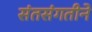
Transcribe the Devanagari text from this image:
संतसंगतीने